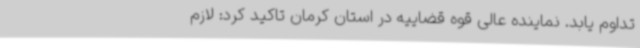
تداوم یابد. نماینده عالی قوه قضاییه در استان کرمان تاکید کرد: لازم